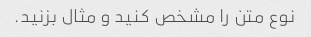
نوع متن را مشخص کنید و مثال بزنید.